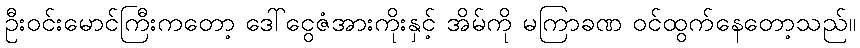
ဦးဝင်းမောင်ကြီးကတော့ ဒေါ်ငွေဇံအားကိုးနှင့် အိမ်ကို မကြာခဏ ဝင်ထွက်နေတော့သည်။